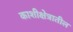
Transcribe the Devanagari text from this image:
काशीक्षेत्रातील